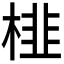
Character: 𭪾